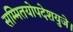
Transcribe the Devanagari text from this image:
सम्मितयोपदेशयुजे।